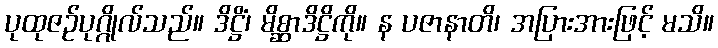
ပုထုဇဉ်ပုဂ္ဂိုလ်သည်။ ဒိဋ္ဌိံ၊ မိစ္ဆာဒိဋ္ဌိကို။ န ပဇာနာတိ၊ အပြားအားဖြင့် မသိ။